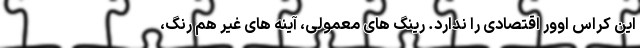
این کراس اوور اقتصادی را ندارد. رینگ های معمولی، آینه های غیر هم رنگ،